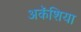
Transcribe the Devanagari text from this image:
अकॅशिया